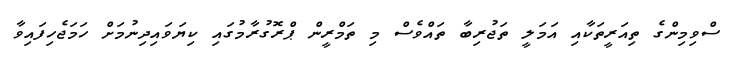
ސްވިމިންގެ ތިއަރީތަކާއި އަމަލީ ތަޖުރިބާ ތައްވެސް މި ތަމްރީން ޕްރޮގުރާމުގައި ކިޔަވައިދިނުމަށް ހަމަޖެހިފައިވާ